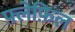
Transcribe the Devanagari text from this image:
फ़्लेफ़िल